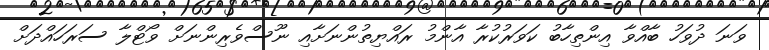
ވަނަ ދުވަހު ބާއްވާ އިންތިހާބު ކަވަރުކުރާ އާންމު ރައްޔިތުންނަށާއި ނޫސްވެރިންނަށް ވޯޓްލާ ސަރަހައްދަށް